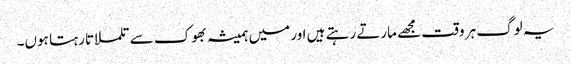
یہ لوگ ہر وقت مجھے مارتے رہتے ہیں اور میں ہمیشہ بھوک سے تلملاتا رہتا ہوں۔